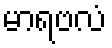
မာရဗလံ